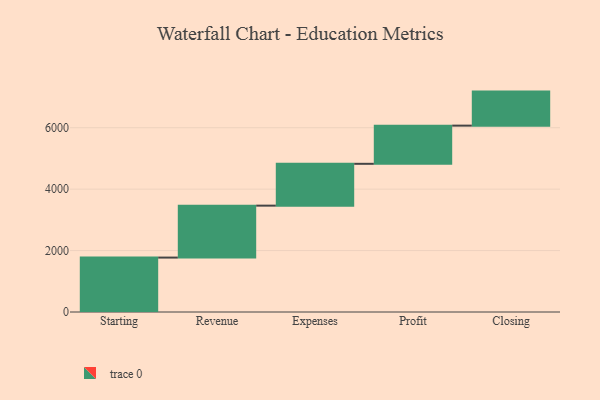
{"axis": {"x": "Step", "y": "Value"}, "legend": [""], "data": [{"x": "Starting", "y": 1772.0, "type": ""}, {"x": "Revenue", "y": 1691.0, "type": ""}, {"x": "Expenses", "y": 1362.0, "type": ""}, {"x": "Profit", "y": 1243.0, "type": ""}, {"x": "Closing", "y": 1108.0, "type": ""}]}